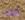
ارجل